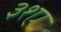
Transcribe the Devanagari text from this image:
३१ए